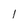
Character: 1